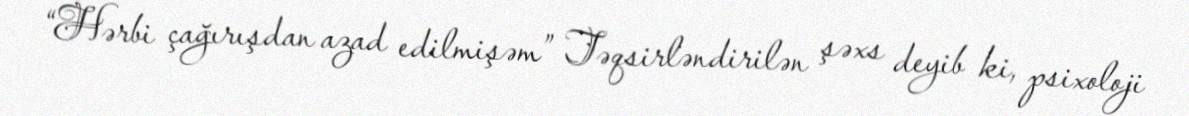
“Hərbi çağırışdan azad edilmişəm” Təqsirləndirilən şəxs deyib ki, psixoloji